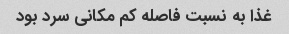
غذا به نسبت فاصله کم مکانی سرد بود